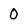
Character: 0